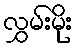
လွှမ်းမိုး